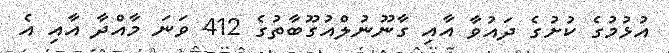
އުޅުމުގެ ކުށުގެ ދައުވާ އާއި ގާނޫނުލްއުގޫބާތުގެ 412 ވަނަ މާއްދާ އާއި އެ